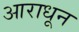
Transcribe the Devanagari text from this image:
आराधून